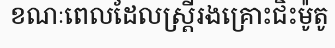
ខណៈពេលដែលស្ត្រីរងគ្រោះជិះម៉ូតូ